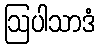
ဩပါသာဒံ